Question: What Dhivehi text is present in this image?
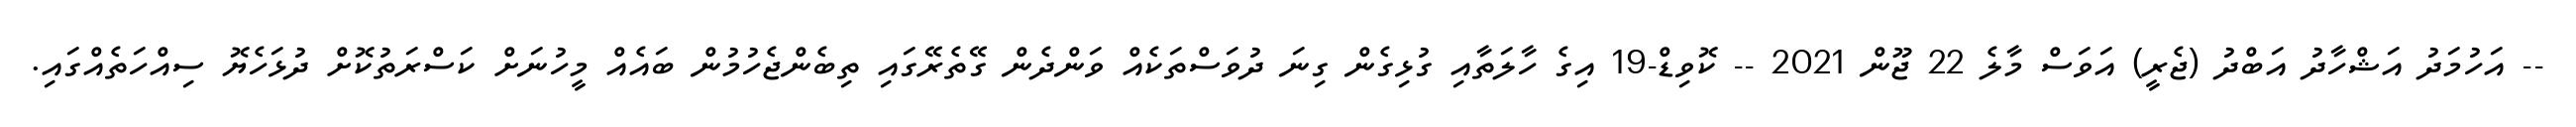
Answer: -- އަހުމަދު އަޝްހާދު އަބްދު (ޖެރީ) އަވަސް މާލެ 22 ޖޫން 2021 -- ކޮވިޑް-19 އިގެ ހާލަތާއި ގުޅިގެން ގިނަ ދުވަސްތަކެއް ވަންދެން ގޭތެރޭގައި ތިބެންޖެހުމުން ބައެއް މީހުނަށް ކަސްރަތުކޮށް ދުޅަހެޔޮ ސިއްހަތެއްގައި.